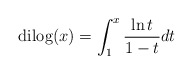
\begin{align*}{\rm dilog}(x)=\int_{1}^{x} {\ln{t}\over{1-t}}dt\end{align*}